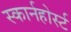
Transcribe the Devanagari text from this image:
स्कार्नहोर्स्ट